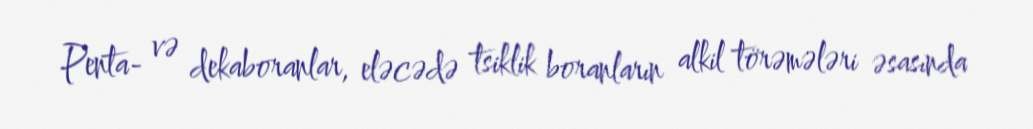
Penta- və dekaboranlar, eləcədə tsiklik boranların alkil törəmələri əsasında